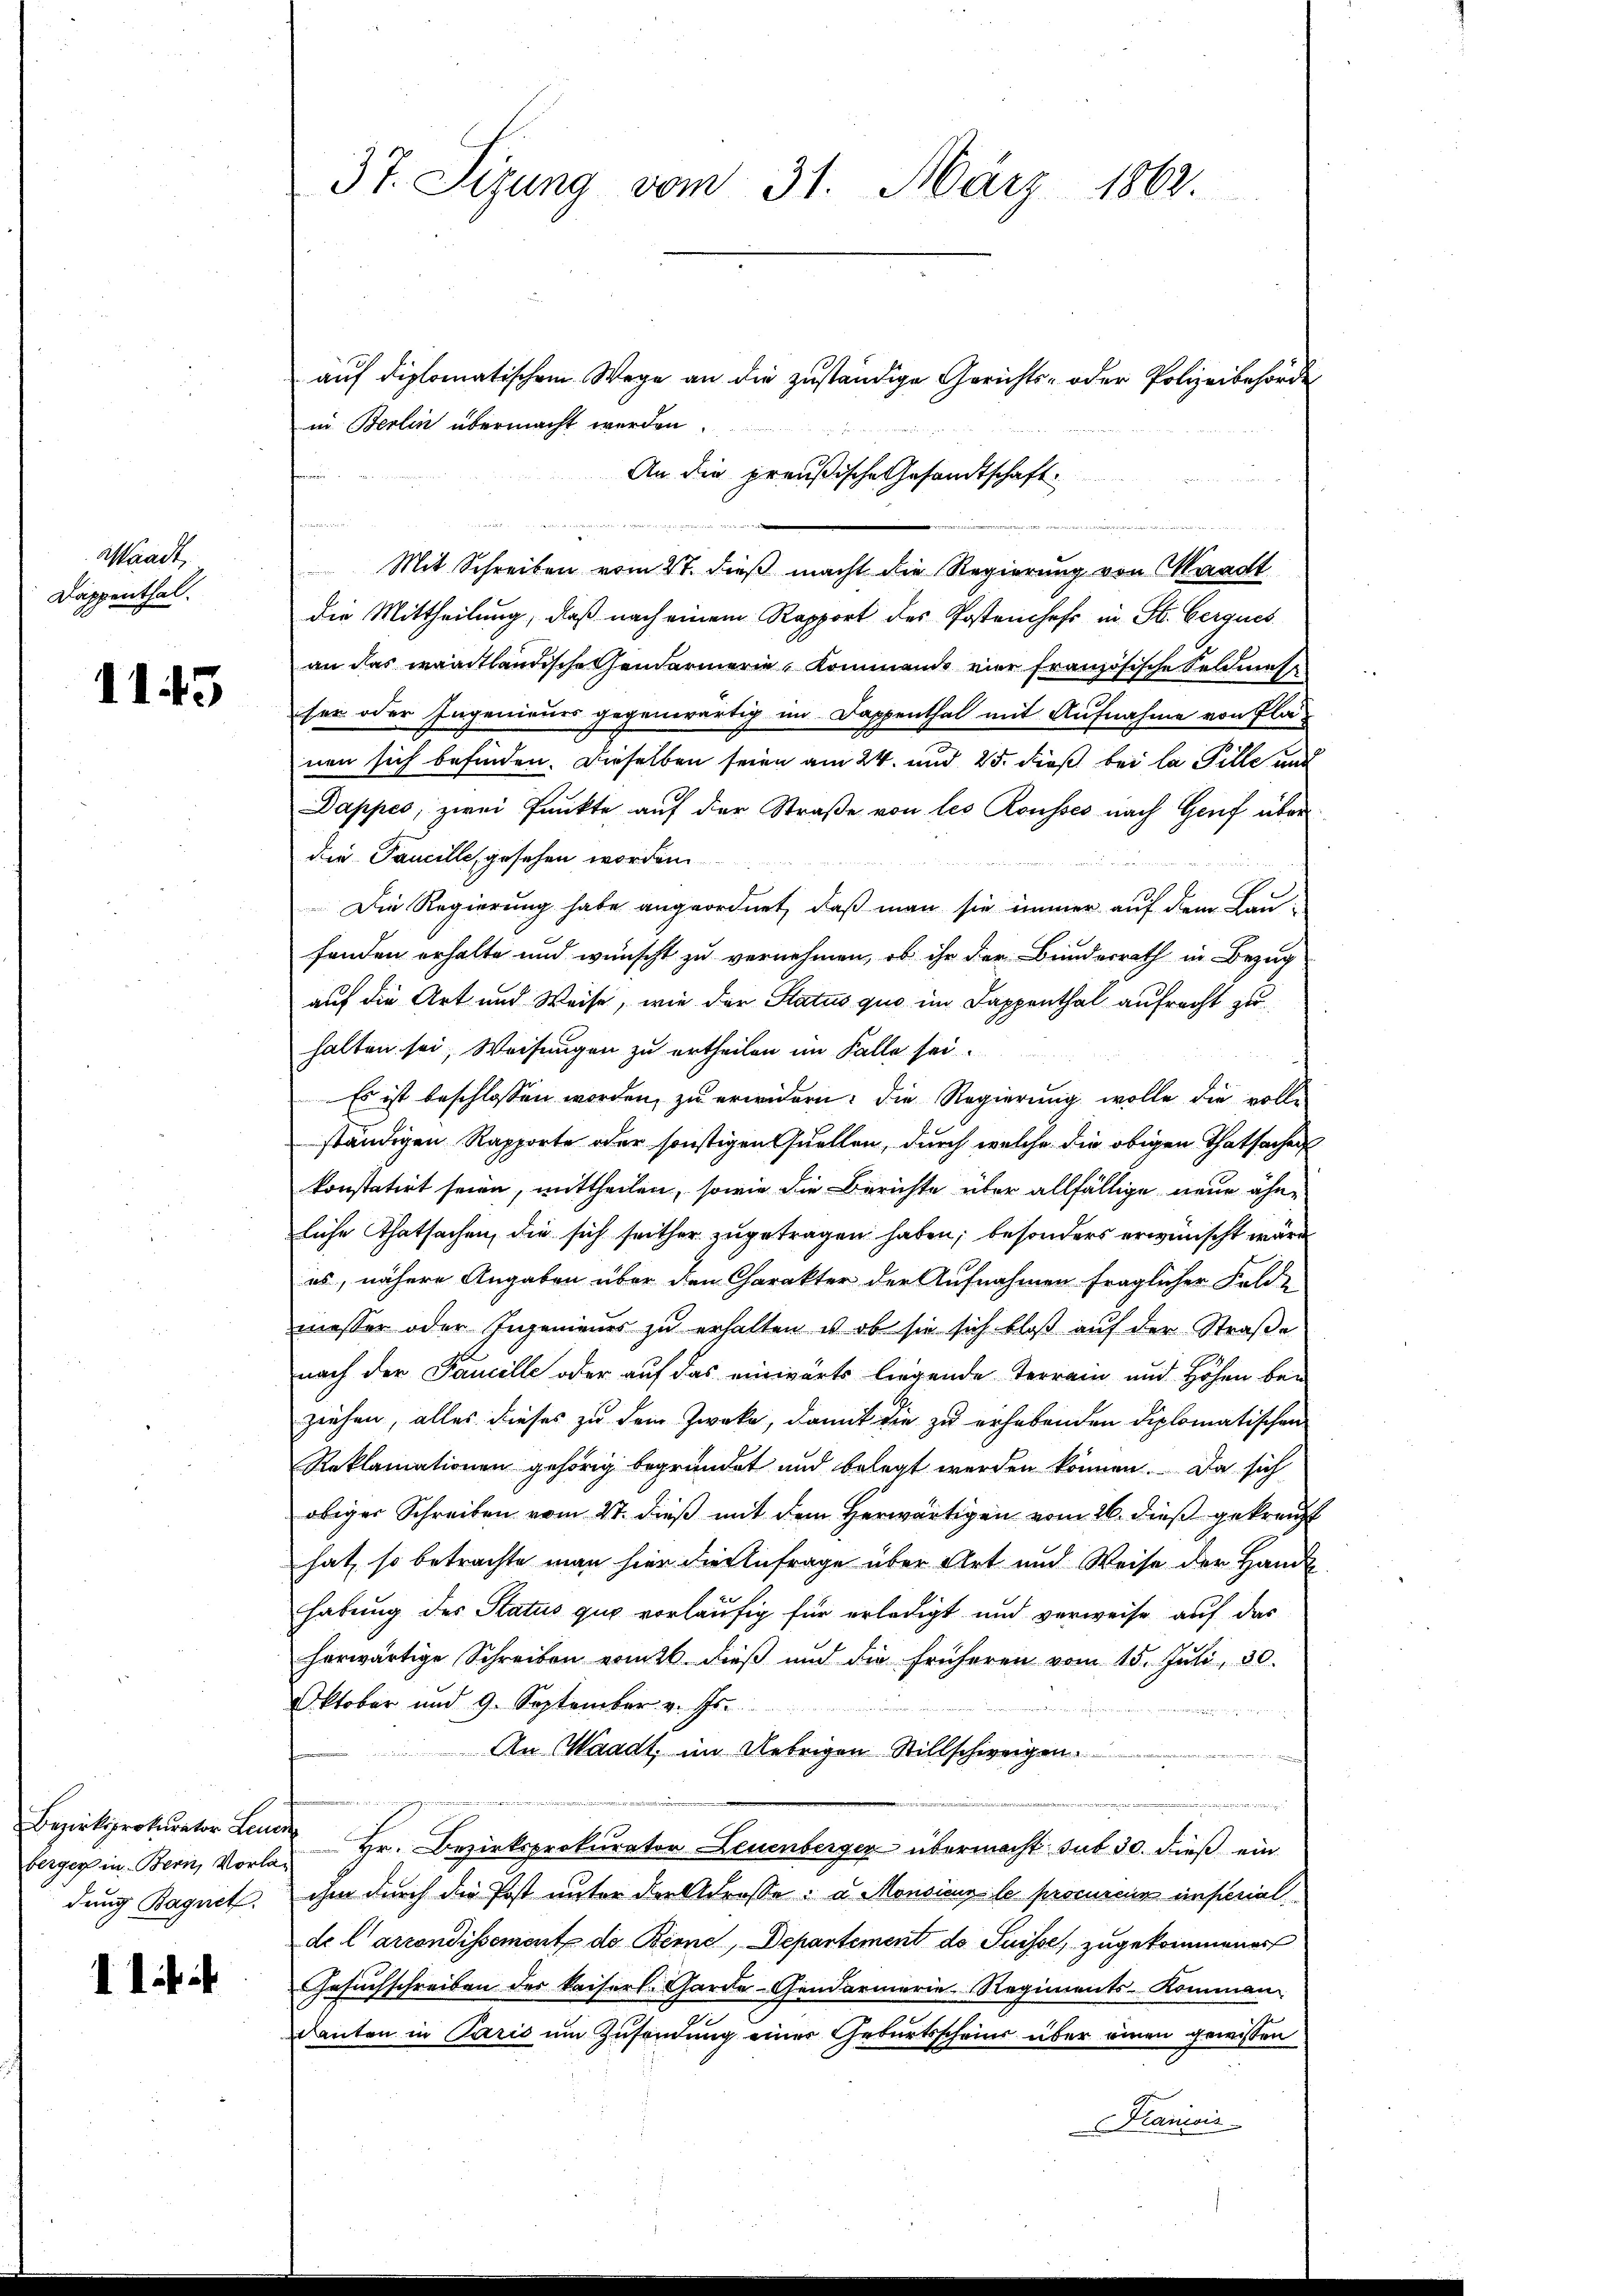
Stack
Dappenthal.

1145

berger in Bern, Vorladung Bagnet.

1 i

37. Sizung vom 31. März 1862.

auf diplomatischem Wege an die zuständige Gerichts- oder Polizeibehörde
in Berlin übermacht werden.
An die preußische Gesandtschaft
n
Mit Schreiben vom 27. dieß macht die Regierung von Waadt
die Mittheilung, daß nach einem Rapport des Postenchefs in St. Gerques
an das waadtländischehendarmerie, Kommens vier französische Feldmess
sen oder Ingenieurs gegenwärtig im Dappenthal mit Aufnahme von Plänen sich befinden. Dieselben seien am 24. und 25. dieß bei la Pille und
Dappes, zwei Punkte auf der Straße von les Rousses nach Genf über
die Taucille, gesehen worden.
Die Regierung habe angeordnet, daß man sie immer auf dem Laufanden erhalte und wünscht zu vernehmen, ob ihr der Bundesrath in Bezug
auf die Art und Weise, wie der Status quo im Dappenthal aufrecht zu
halten sei, Weisungen zu ertheilen im Falle sei.
Es ist beschlossen worden, zu erwidern: die Regierung wolle die vollständigen Rapporte oder sonstigen Quellen, durch welche die obigen Thatsachen
konstatirt seien, mittheilen, sowie die Berichte über allfällige neue ähn-
liche Thatsachen, die sich seither zugetragen haben; besonders erwünscht wäre
es, nähere Angaben über den Charakter der Aufnahmen fraglicher Feld-
messer oder Ingenieues zŭ erhalten u. ob sie sich bloβ aŭf der Straβe
nach der Famille oder auf das einwärts liegende Terrain und Höhen bei
ziehen, alles dieses zu dem Zweke, damit die zu erhabenden Diplomatischen
Reklamationen gehörig begründet und belegt werden können. Da sich
obiger Schreiben vom 27. dieß mit dem Herwärtigen vom 26. dieß gekreuzt
hat, so betrachte man hier die Anfrage über Art und Weise der Handl
habung des Status quo vorläufig für erledigt und verweise auf das
herwärtige Schreiben vom dieβ ŭnd die früheren vom 15. Jŭli 30.
Oktober und 9. September v. Js.
An Waadt, im Uebrigen Stillschweigen
s
u
Bezirksprokurator Leute Hr. Bezirksprokurator Leuenberger übermacht sub 30. dieß ein
ihm durch die Post unter den Strasse u. Monsieur le procureur inferial
de l'arrondissement de Berne, Departement do Puisse, zugekommener
Gesuchschreiben des kaiserl. Garde-Gendarmerie-Regiments-Komman
danten in Paris um Zusendung einer Geburtsscheins über einen gewissen
Francois